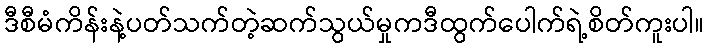
ဒီစီမံကိန်းနဲ့ပတ်သက်တဲ့ဆက်သွယ်မှုကဒီထွက်ပေါက်ရဲ့စိတ်ကူးပါ။